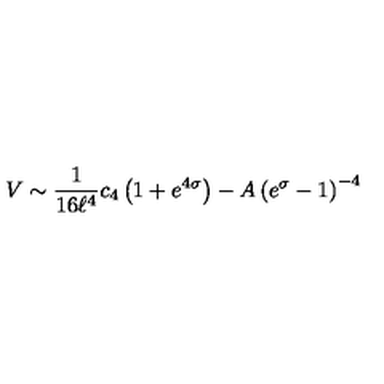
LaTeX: V \sim { \frac { 1 } { 1 6 \ell ^ { 4 } } } c _ { 4 } \left( 1 + e ^ { 4 \sigma } \right) - A \left( e ^ { \sigma } - 1 \right) ^ { - 4 }